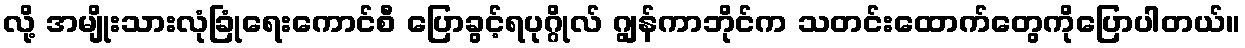
လို့ အမျိုးသားလုံခြုံရေးကောင်စီ ပြောခွင့်ရပုဂ္ဂိုလ် ဂျွန်ကာဘိုင်က သတင်းထောက်တွေကိုပြောပါတယ်။